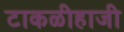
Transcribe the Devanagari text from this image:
टाकळीहाजी